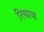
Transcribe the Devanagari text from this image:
रियाम